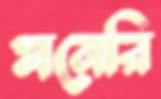
মনেরি